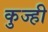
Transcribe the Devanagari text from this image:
कुज्ही